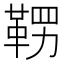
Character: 𮧚